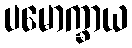
ပမောက္ခာယ